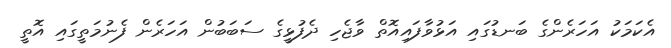
އެކަމަކު އަހަރެންގެ ބަނޑުގައި އަޅުވާފައިއޮތް ވާޖެހި ދެފުޅީގެ ސަބަބުން އަހަރެން ފެނުމަތީގައި އޮތީ